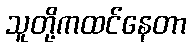
သူတို့ကထင်နေတာ